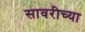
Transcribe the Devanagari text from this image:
सावरीच्या